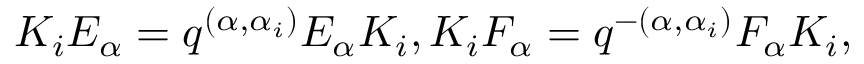
K _ { i } E _ { \alpha } = q ^ { ( \alpha , \alpha _ { i } ) } E _ { \alpha } K _ { i } , K _ { i } F _ { \alpha } = q ^ { - ( \alpha , \alpha _ { i } ) } F _ { \alpha } K _ { i } ,